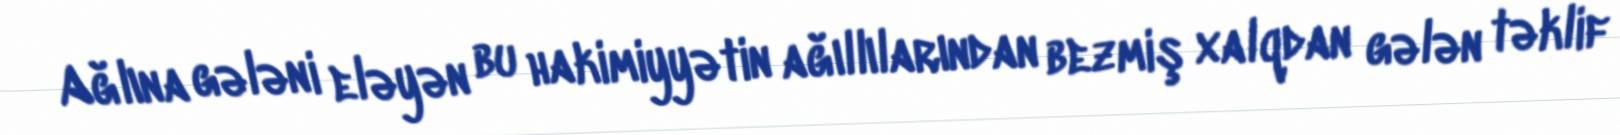
Ağlına gələni eləyən bu hakimiyyətin ağıllılarından bezmiş xalqdan gələn təklif